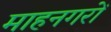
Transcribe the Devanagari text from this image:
माहनगरों